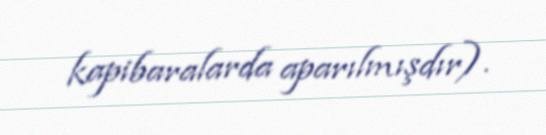
kapibaralarda aparılmışdır).